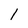
Character: l